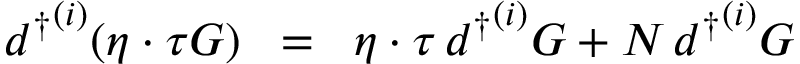
{ d ^ { \dagger } } ^ { ( i ) } ( \eta \cdot \tau { \cal { G } } ) \; \; = \; \; \eta \cdot \tau \, { d ^ { \dagger } } ^ { ( i ) } { \cal { G } } + N \, { d ^ { \dagger } } ^ { ( i ) } { \cal { G } }